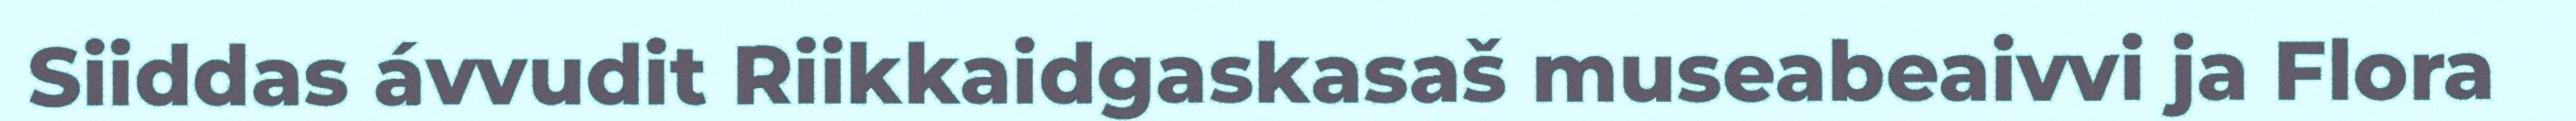
Siiddas ávvudit Riikkaidgaskasaš museabeaivvi ja Flora